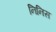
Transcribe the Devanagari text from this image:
निनिस